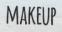
MAKEUP